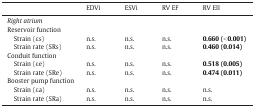
<table><thead><tr><td></td><td><b>EDVi</b></td><td><b>ESVi</b></td><td><b>RV EF</b></td><td><b>RV Ell</b></td></tr></thead><tbody><tr><td colspan="5"><i>Right atrium</i></td></tr><tr><td colspan="5">Reservoir function</td></tr><tr><td> Strain (εs)</td><td>n.s.</td><td>n.s.</td><td>n.s.</td><td><b>0.660 (&lt; 0.001)</b></td></tr><tr><td> Strain rate (SRs)</td><td>n.s.</td><td>n.s.</td><td>n.s.</td><td><b>0.460 (0.014)</b></td></tr><tr><td colspan="5">Conduit function</td></tr><tr><td> Strain (εe)</td><td>n.s.</td><td>n.s.</td><td>n.s.</td><td><b>0.518 (0.005)</b></td></tr><tr><td> Strain rate (SRe)</td><td>n.s.</td><td>n.s.</td><td>n.s.</td><td><b>0.474 (0.011)</b></td></tr><tr><td colspan="5">Booster pump function</td></tr><tr><td> Strain (εa)</td><td>n.s.</td><td>n.s.</td><td>n.s.</td><td>n.s.</td></tr><tr><td> Strain rate (SRa)</td><td>n.s.</td><td>n.s.</td><td>n.s.</td><td>n.s.</td></tr></tbody></table>